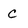
Character: C